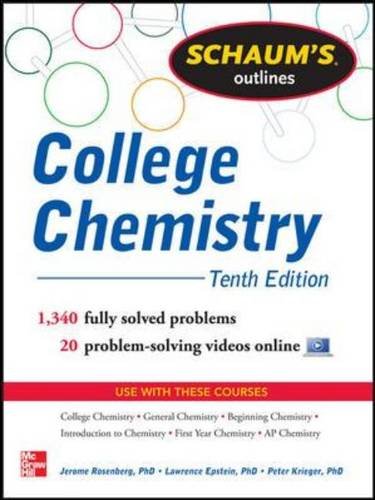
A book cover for Schaum's Outline of College Chemistry: 1,340 Solved Problems + 23 Videos (Schaum's Outlines); Jerome Rosenberg; Science & Math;